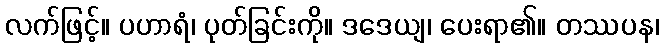
လက်ဖြင့်။ ပဟာရံ၊ ပုတ်ခြင်းကို။ ဒဒေယျ၊ ပေးရာ၏။ တဿပန၊